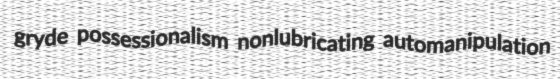
gryde possessionalism nonlubricating automanipulation